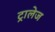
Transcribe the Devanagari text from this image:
ट्रालेज